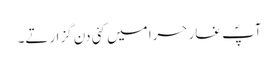
آپؐ غار حرا میں کئی دن گزارتے۔